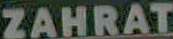
ZAHRAT